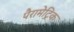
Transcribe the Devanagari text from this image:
पैरामेट्रिक